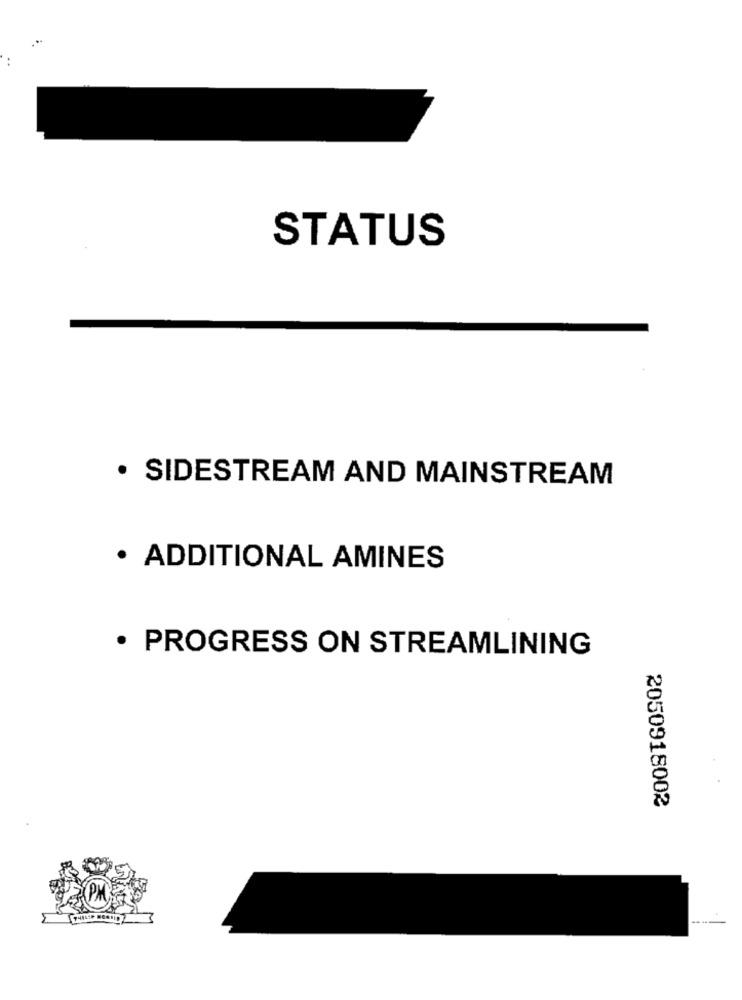
STATUS
· SIDESTREAM AND MAINSTREAM
· ADDITIONAL AMINES
· PROGRESS ON STREAMLINING
2050918002